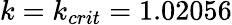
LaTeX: k=k_{crit}=1.02056